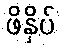
ဖိနှိပ်